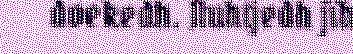
doekedh. Nuhtjedh jïh